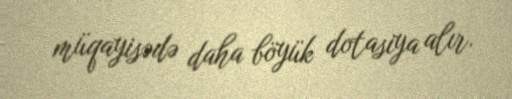
müqayisədə daha böyük dotasiya alır.